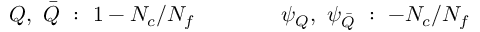
Q , ~ \bar { Q } ~ : ~ 1 - N _ { c } / N _ { f } \qquad \qquad \psi _ { Q } , ~ \psi _ { \bar { Q } } ~ : ~ - N _ { c } / N _ { f }